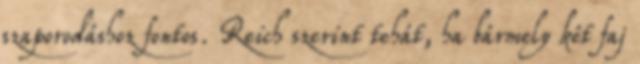
szaporodáshoz fontos. Reich szerint tehát, ha bármely két faj